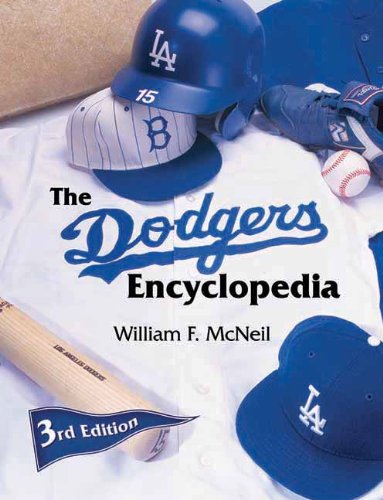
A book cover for The Dodgers Encyclopedia; William F. McNeil; Biographies & Memoirs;